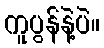
ကူပွန်နဲ့ပဲ။